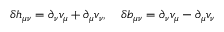
\delta h _ { \mu \nu } = \partial _ { \nu } v _ { \mu } + \partial _ { \mu } v _ { \nu } , \quad \delta b _ { \mu \nu } = \partial _ { \nu } v _ { \mu } - \partial _ { \mu } v _ { \nu }